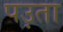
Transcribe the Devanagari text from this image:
पउ़ता